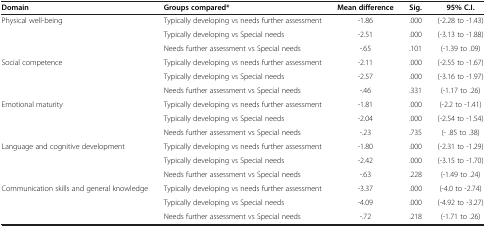
| Domain | Groups compared* | Mean difference | Sig. | 95% C.I. |
 | --- | --- | --- | --- | --- |
 | Physical well-being | Typically developing vs needs further assessment | -1.86 | .000 | (-2.28 to -1.43) |
 |  | Typically developing vs Special needs | -2.51 | .000 | (-3.13 to -1.88) |
 |  | Needs further assessment vs Special needs | -.65 | .101 | (-1.39 to .09) |
 | Social competence | Typically developing vs needs further assessment | -2.11 | .000 | (-2.55 to -1.67) |
 |  | Typically developing vs Special needs | -2.57 | .000 | (-3.16 to -1.97) |
 |  | Needs further assessment vs Special needs | -.46 | .331 | (-1.17 to .26) |
 | Emotional maturity | Typically developing vs needs further assessment | -1.81 | .000 | (-2.2 to -1.41) |
 |  | Typically developing vs Special needs | -2.04 | .000 | (-2.54 to -1.54) |
 |  | Needs further assessment vs Special needs | -.23 | .735 | (- .85 to .38) |
 | Language and cognitive development | Typically developing vs needs further assessment | -1.80 | .000 | (-2.31 to -1.29) |
 |  | Typically developing vs Special needs | -2.42 | .000 | (-3.15 to -1.70) |
 |  | Needs further assessment vs Special needs | -.63 | .228 | (-1.49 to .24) |
 | Communication skills and general knowledge | Typically developing vs needs further assessment | -3.37 | .000 | (-4.0 to -2.74) |
 |  | Typically developing vs Special needs | -4.09 | .000 | (-4.92 to -3.27) |
 |  | Needs further assessment vs Special needs | -.72 | .218 | (-1.71 to .26) |